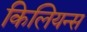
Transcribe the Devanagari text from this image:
किलियन्स